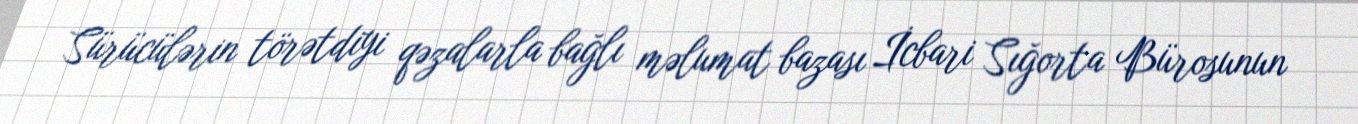
Sürücülərin törətdiyi qəzalarla bağlı məlumat bazası İcbari Sığorta Bürosunun